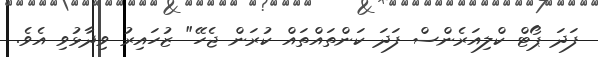
ފަދަ ޕޯޓް ކްލިއަރެންސް ފަދަ ކަންތައްތައް ކުރަން ޖެހޭ" ޒުހައިރު ވިދާޅުވި އެވެ.